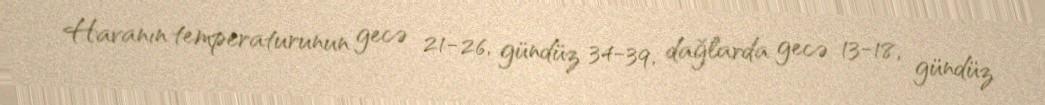
Havanın temperaturunun gecə 21-26, gündüz 34-39, dağlarda gecə 13-18, gündüz